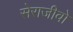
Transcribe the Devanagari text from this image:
सेराजीवो